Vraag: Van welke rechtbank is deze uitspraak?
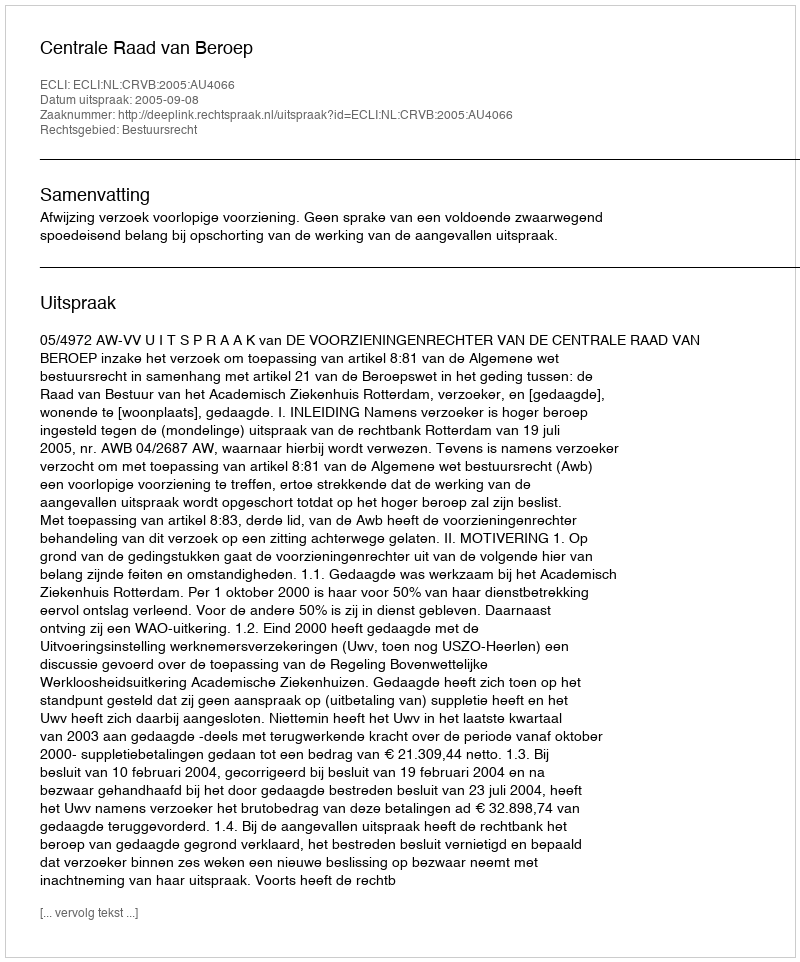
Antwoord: Centrale Raad van Beroep